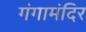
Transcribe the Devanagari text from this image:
गंगामंदिर